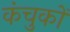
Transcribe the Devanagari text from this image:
कंचुकों